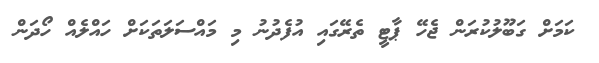
ކަމަށް ގަބޫލުކުރަން ޖެހޭ ޕާޓީ ތެރޭގައި އުފެދުނު މި މައްސަލަތަކަށް ހައްލެއް ހޯދަން